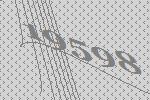
19598